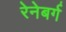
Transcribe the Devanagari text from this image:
रेनेबर्ग